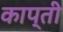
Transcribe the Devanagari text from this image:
काप्ती